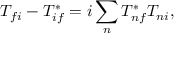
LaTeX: T _ { f i } - T _ { i f } ^ { * } = i \sum _ { n } T _ { n f } ^ { * } T _ { n i } ,